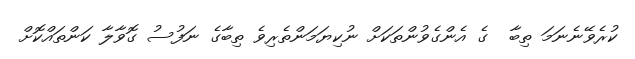
ކުރެވޭނެނަމަ ތިބާ  ގެ އެންގެވުންތަކަށް ނުކިޔަމަންތެރިވެ ތިބާގެ ނަފުސު ގޮވާލާ ކަންތައްކޮށް